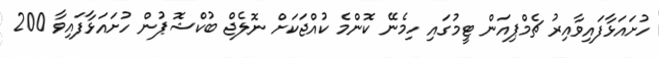
ހުށައަޅާފައިވާއިރު ޗެމްޕިއަން ޓީމުގައި ހިމެނޭ ކޮންމެ ކުއްޖަކަށް ނޮލެޖް ބުކްޝޮޕުން ހުށައަޅާފައިވާ 200